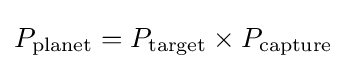
P_{\text{planet}}=P_{\text{target}}\times P_{\text{capture}}